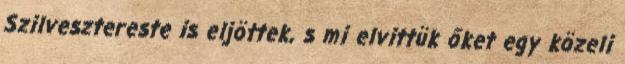
Szilvesztereste is eljöttek, s mi elvittük őket egy közeli